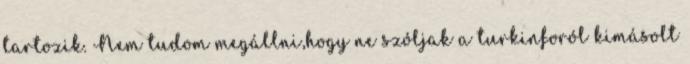
tartozik. Nem tudom megállni,hogy ne szóljak a turkinforól kimásolt